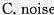
C.noise